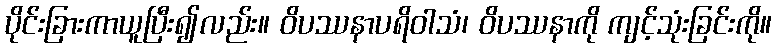
ပိုင်းခြားကာယူပြီး၍လည်း။ ဝိပဿနာပရိဝါသံ၊ ဝိပဿနာကို ကျင့်သုံးခြင်းကို။